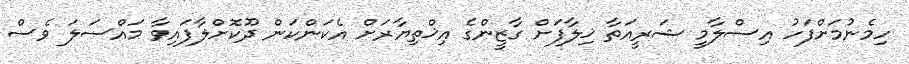
ހިމެނުމަށްފަހު އިސްލާމީ ޝަރީއަތާ ޚިލާފަށް ގާޒީންގެ އިޚްތިޔާރަށް އެކަންކަން ދޫކޮށްލާފައިވާ މައްސަލަ ވެސް